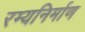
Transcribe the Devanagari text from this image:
रम्यनिर्माण